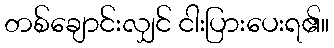
တစ်ချောင်းလျှင် ငါးပြားပေးရ၏။